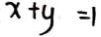
x + y = 1